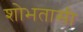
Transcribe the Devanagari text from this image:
शोभतासी